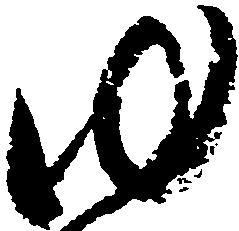
ゆ